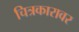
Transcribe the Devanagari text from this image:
चित्रकारावर